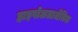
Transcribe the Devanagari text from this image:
हाइपोअलार्जेनिक